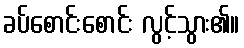
ခပ်စောင်းစောင်း လွင့်သွား၏။